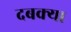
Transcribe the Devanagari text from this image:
दबक्या